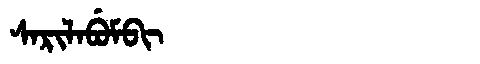
Manchu: ᠰᠠᡵᡳᠯᠠᠪᡠᠮᠪᡳ
Romanization: SARILABUMBI